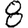
Digit: 8